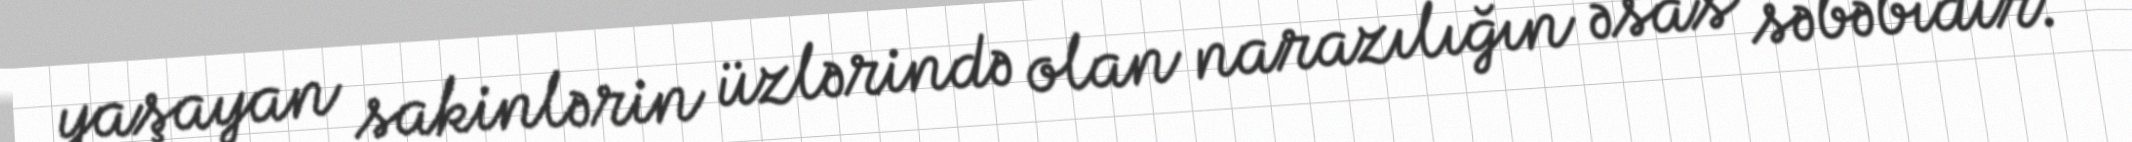
yaşayan sakinlərin üzlərində olan narazılığın əsas səbəbidir.